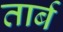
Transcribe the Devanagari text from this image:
तार्ब